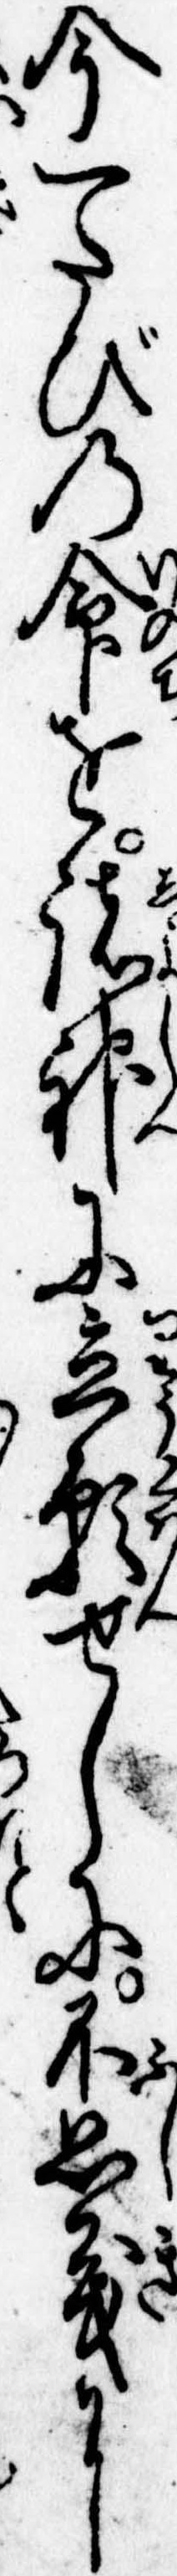
今一たびの命を諸神に立願せしに不思義に